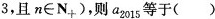
3，且$$n\in N_{+}$$)，则a_{2015}等于()